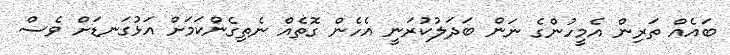
ބައެއް ތަރިން އެމީހުންގެ ނަން ބަދަލުކުރަނީ އެހެން ގޮތެއް ނެތިގެންކަމަށް އަޅުގަނޑަށް ވެސް